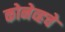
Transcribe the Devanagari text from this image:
कोनेव्हचे